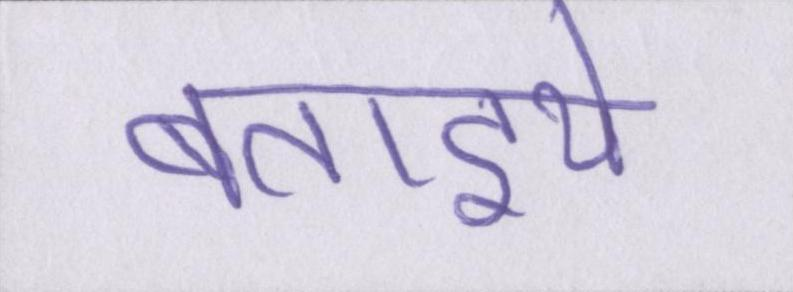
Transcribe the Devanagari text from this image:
बताइये